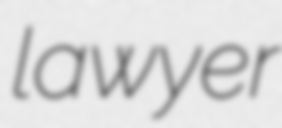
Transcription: lawyer